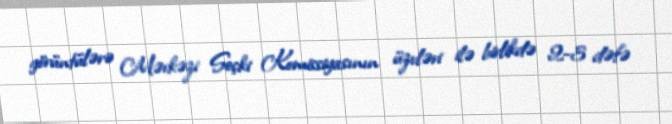
görüntülərə Mərkəzi Seçki Komissiyasının üzvləri ilə birlikdə 2-3 dəfə